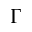
\Gamma